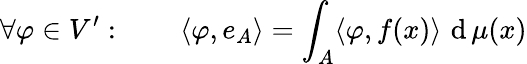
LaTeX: \forall\varphi\in V^{\prime}:\qquad\langle\varphi,e_{A}\rangle=\int_{A}\langle\varphi,f(x)\rangle\, \operatorname{d}\mu(x)